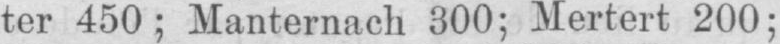
ter 450; Manternach 300; Mertert 200;